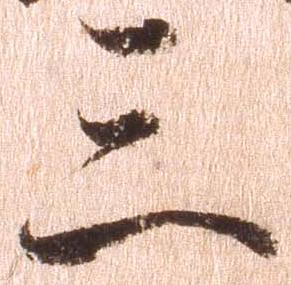
三